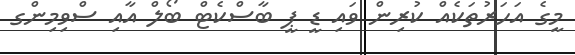
މީގެ އަހަރުތަކެއް ކުރިން ވައި ޑީ ޕީ ބާސްކެޓް ބޯލް އާއި ސްވިމިންގ